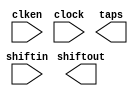
// megafunction wizard: %Shift register (RAM-based)%VBB%
// GENERATION: STANDARD
// VERSION: WM1.0
// MODULE: ALTSHIFT_TAPS 

// ============================================================
// Megafunction Name(s):
// 			ALTSHIFT_TAPS
//
// Simulation Library Files(s):
// 			altera_mf
// ============================================================
// ************************************************************
// THIS IS A WIZARD-GENERATED FILE. DO NOT EDIT THIS FILE!
//
// 15.0.0 Build 145 04/22/2015 SJ Full Version
// ************************************************************

//Copyright (C) 1991-2015 Altera Corporation. All rights reserved.
//Your use of Altera Corporation's design tools, logic functions 
//and other software and tools, and its AMPP partner logic 
//functions, and any output files from any of the foregoing 
//(including device programming or simulation files), and any 
//associated documentation or information are expressly subject 
//to the terms and conditions of the Altera Program License 
//Subscription Agreement, the Altera Quartus II License Agreement,
//the Altera MegaCore Function License Agreement, or other 
//applicable license agreement, including, without limitation, 
//that your use is for the sole purpose of programming logic 
//devices manufactured by Altera and sold by Altera or its 
//authorized distributors.  Please refer to the applicable 
//agreement for further details.

module ram (
	clken,
	clock,
	shiftin,
	shiftout,
	taps);

	input	  clken;
	input	  clock;
	input	[7:0]  shiftin;
	output	[7:0]  shiftout;
	output	[2175:0]  taps;
`ifndef ALTERA_RESERVED_QIS
// synopsys translate_off
`endif
	tri1	  clken;
`ifndef ALTERA_RESERVED_QIS
// synopsys translate_on
`endif

endmodule

// ============================================================
// CNX file retrieval info
// ============================================================
// Retrieval info: PRIVATE: ACLR NUMERIC "0"
// Retrieval info: PRIVATE: CLKEN NUMERIC "1"
// Retrieval info: PRIVATE: GROUP_TAPS NUMERIC "0"
// Retrieval info: PRIVATE: INTENDED_DEVICE_FAMILY STRING "Cyclone IV E"
// Retrieval info: PRIVATE: NUMBER_OF_TAPS NUMERIC "272"
// Retrieval info: PRIVATE: RAM_BLOCK_TYPE NUMERIC "1"
// Retrieval info: PRIVATE: SYNTH_WRAPPER_GEN_POSTFIX STRING "0"
// Retrieval info: PRIVATE: TAP_DISTANCE NUMERIC "480"
// Retrieval info: PRIVATE: WIDTH NUMERIC "8"
// Retrieval info: LIBRARY: altera_mf altera_mf.altera_mf_components.all
// Retrieval info: CONSTANT: INTENDED_DEVICE_FAMILY STRING "Cyclone IV E"
// Retrieval info: CONSTANT: LPM_HINT STRING "RAM_BLOCK_TYPE=M9K"
// Retrieval info: CONSTANT: LPM_TYPE STRING "altshift_taps"
// Retrieval info: CONSTANT: NUMBER_OF_TAPS NUMERIC "272"
// Retrieval info: CONSTANT: TAP_DISTANCE NUMERIC "480"
// Retrieval info: CONSTANT: WIDTH NUMERIC "8"
// Retrieval info: USED_PORT: clken 0 0 0 0 INPUT VCC "clken"
// Retrieval info: USED_PORT: clock 0 0 0 0 INPUT NODEFVAL "clock"
// Retrieval info: USED_PORT: shiftin 0 0 8 0 INPUT NODEFVAL "shiftin[7..0]"
// Retrieval info: USED_PORT: shiftout 0 0 8 0 OUTPUT NODEFVAL "shiftout[7..0]"
// Retrieval info: USED_PORT: taps 0 0 2176 0 OUTPUT NODEFVAL "taps[2175..0]"
// Retrieval info: CONNECT: @clken 0 0 0 0 clken 0 0 0 0
// Retrieval info: CONNECT: @clock 0 0 0 0 clock 0 0 0 0
// Retrieval info: CONNECT: @shiftin 0 0 8 0 shiftin 0 0 8 0
// Retrieval info: CONNECT: shiftout 0 0 8 0 @shiftout 0 0 8 0
// Retrieval info: CONNECT: taps 0 0 2176 0 @taps 0 0 2176 0
// Retrieval info: GEN_FILE: TYPE_NORMAL ram.v TRUE
// Retrieval info: GEN_FILE: TYPE_NORMAL ram.inc FALSE
// Retrieval info: GEN_FILE: TYPE_NORMAL ram.cmp FALSE
// Retrieval info: GEN_FILE: TYPE_NORMAL ram.bsf FALSE
// Retrieval info: GEN_FILE: TYPE_NORMAL ram_inst.v FALSE
// Retrieval info: GEN_FILE: TYPE_NORMAL ram_bb.v TRUE
// Retrieval info: LIB_FILE: altera_mf